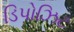
ડિપોઝિટ